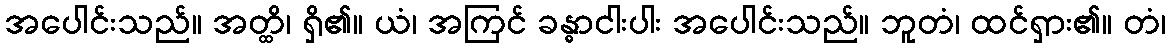
အပေါင်းသည်။ အတ္ထိ၊ ရှိ၏။ ယံ၊ အကြင် ခန္ဓာငါးပါး အပေါင်းသည်။ ဘူတံ၊ ထင်ရှား၏။ တံ၊